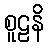
စူဠနိ